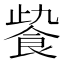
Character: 𩚻